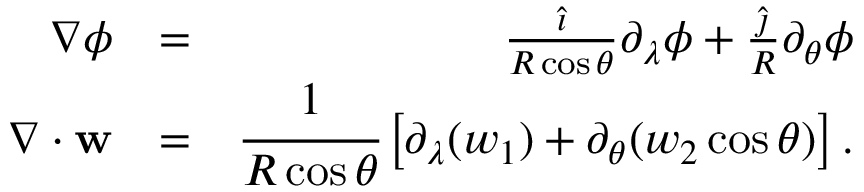
\begin{array} { r l r } { \nabla \phi } & { = } & { \frac { \hat { \boldsymbol \imath } } { R \cos \theta } \partial _ { \lambda } \phi + \frac { \hat { \boldsymbol \jmath } } { R } \partial _ { \theta } \phi } \\ { \nabla \cdot \mathbf { w } } & { = } & { \cfrac { 1 } { R \cos \theta } \left[ \partial _ { \lambda } ( w _ { 1 } ) + \partial _ { \theta } ( w _ { 2 } \cos \theta ) \right] . } \end{array}